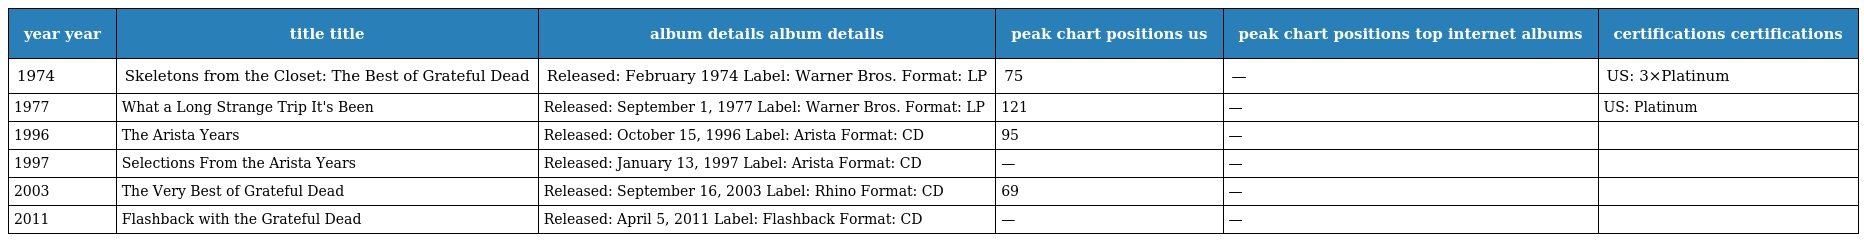
| year year | title title | album details album details | peak chart positions us | peak chart positions top internet albums | certifications certifications |
 | --- | --- | --- | --- | --- | --- |
 | 1974 | Skeletons from the Closet: The Best of Grateful Dead | Released: February 1974 Label: Warner Bros. Format: LP | 75 | — | US: 3×Platinum |
 | 1977 | What a Long Strange Trip It's Been | Released: September 1, 1977 Label: Warner Bros. Format: LP | 121 | — | US: Platinum |
 | 1996 | The Arista Years | Released: October 15, 1996 Label: Arista Format: CD | 95 | — |  |
 | 1997 | Selections From the Arista Years | Released: January 13, 1997 Label: Arista Format: CD | — | — |  |
 | 2003 | The Very Best of Grateful Dead | Released: September 16, 2003 Label: Rhino Format: CD | 69 | — |  |
 | 2011 | Flashback with the Grateful Dead | Released: April 5, 2011 Label: Flashback Format: CD | — | — |  |